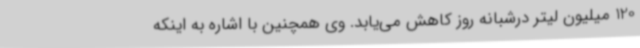
120 میلیون لیتر درشبانه روز کاهش می‌یابد. وی همچنین با اشاره به اینکه